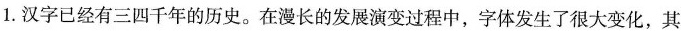
1.汉字已经有三四千年的历史。在漫长的发展演变过程中，字体发生了很大变化，其